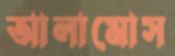
আলামোস